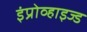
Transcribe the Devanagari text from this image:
इंप्रोव्हाइज्ड